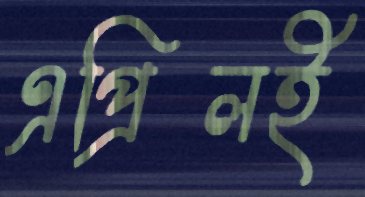
এপ্রিলই